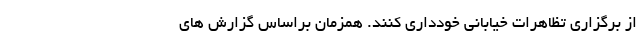
از برگزاری تظاهرات خیابانی خودداری کنند. همزمان براساس گزارش های